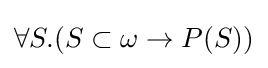
\forall S.(S\subset \omega \to P(S))